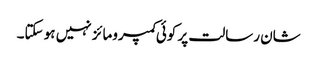
شان رسالت پر کوئی کمپرومائز نہیں ہو سکتا۔